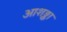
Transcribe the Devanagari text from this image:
आशङ्का